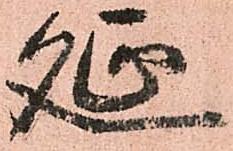
延